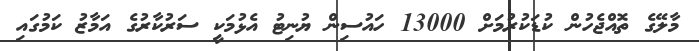
މާލޭގެ ތޮއްޖެހުން ކުޑަކުރުމަށް 13000 ހައުސިން ޔުނިޓު އެޅުމަކީ ސަރުކާރުގެ އަމާޒު ކަމުގައި